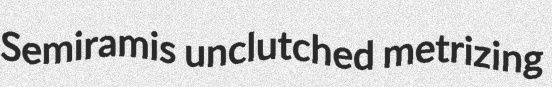
Semiramis unclutched metrizing